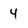
Character: 4